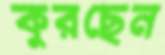
কুরছেন